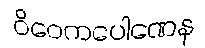
ဝိဝေကပေါဏေန